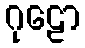
ဂုဠော